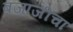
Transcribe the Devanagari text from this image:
बजाजीचा